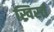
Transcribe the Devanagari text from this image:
ख्रिस्तं